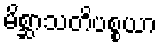
မိစ္ဆာသတိပစ္စယာ